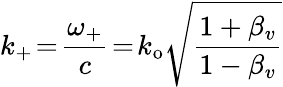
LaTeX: k_{+}\! =\! \frac{\omega_{+}}{c}\! =\! k_{\mathrm{o}}\sqrt{\frac{1+\beta_{v}}{1-\beta_{v}}}